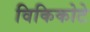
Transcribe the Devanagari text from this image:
विकिकोटे